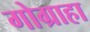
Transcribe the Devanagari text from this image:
गोग्राहा